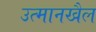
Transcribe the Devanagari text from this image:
उत्मानखैल